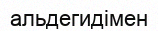
альдегидімен